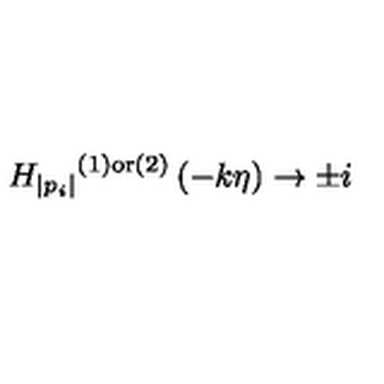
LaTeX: { H _ { | p _ { i } | } } ^ { ( 1 ) { \mathrm { o r } } ( 2 ) } \left( - k \eta \right) \to \pm i